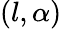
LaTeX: (l,\alpha)